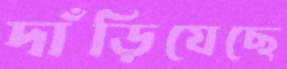
দাঁড়িযেছে